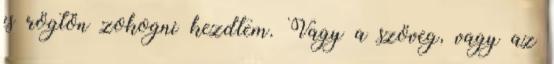
is rögtön zokogni kezdtem. Vagy a szöveg, vagy az